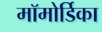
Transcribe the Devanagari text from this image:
मॉमोर्डिका